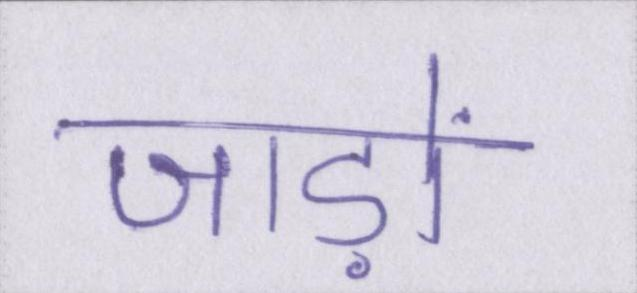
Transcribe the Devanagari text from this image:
जाड़ों